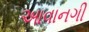
આવાનગી